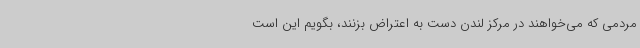
مردمی که می‌خواهند در مرکز لندن دست به اعتراض بزنند، بگویم این است